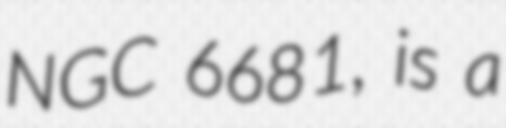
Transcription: NGC 6681, is a